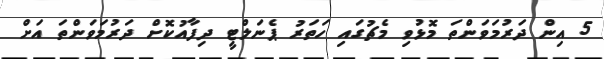
5 އިން ދަރުމަވަންތަ މޮޅުވި މެޗުގައި ހަތަރު ޕެނަލްޓީ ދިފާއުކޮށް ދަރުމަވަންތަ އަށް